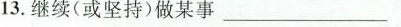
13.继续(或坚持)做某事___